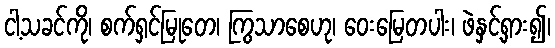
ငါ့သခင်ကို၊ စက်ရှင်မြုတေ၊ ကြွသာစေဟု၊ ဝေးမြေတပါး၊ ဖဲနှင့်ရှား၍၊